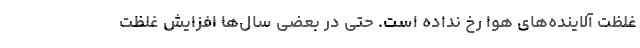
غلظت آلاینده‌های هوا رخ نداده است. حتی در بعضی سال‌ها افزایش غلظت